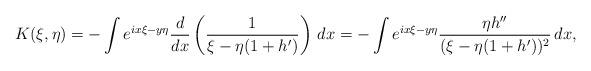
LaTeX: \begin{align*}K(\xi,\eta) = - \int e^{ix \xi - y \eta} \frac{d}{dx} \left( \frac{1}{\xi - \eta(1+h')}\right) \, dx = - \int e^{ix \xi - y \eta} \frac{\eta h''}{(\xi - \eta(1+h'))^2} \, dx, \end{align*}